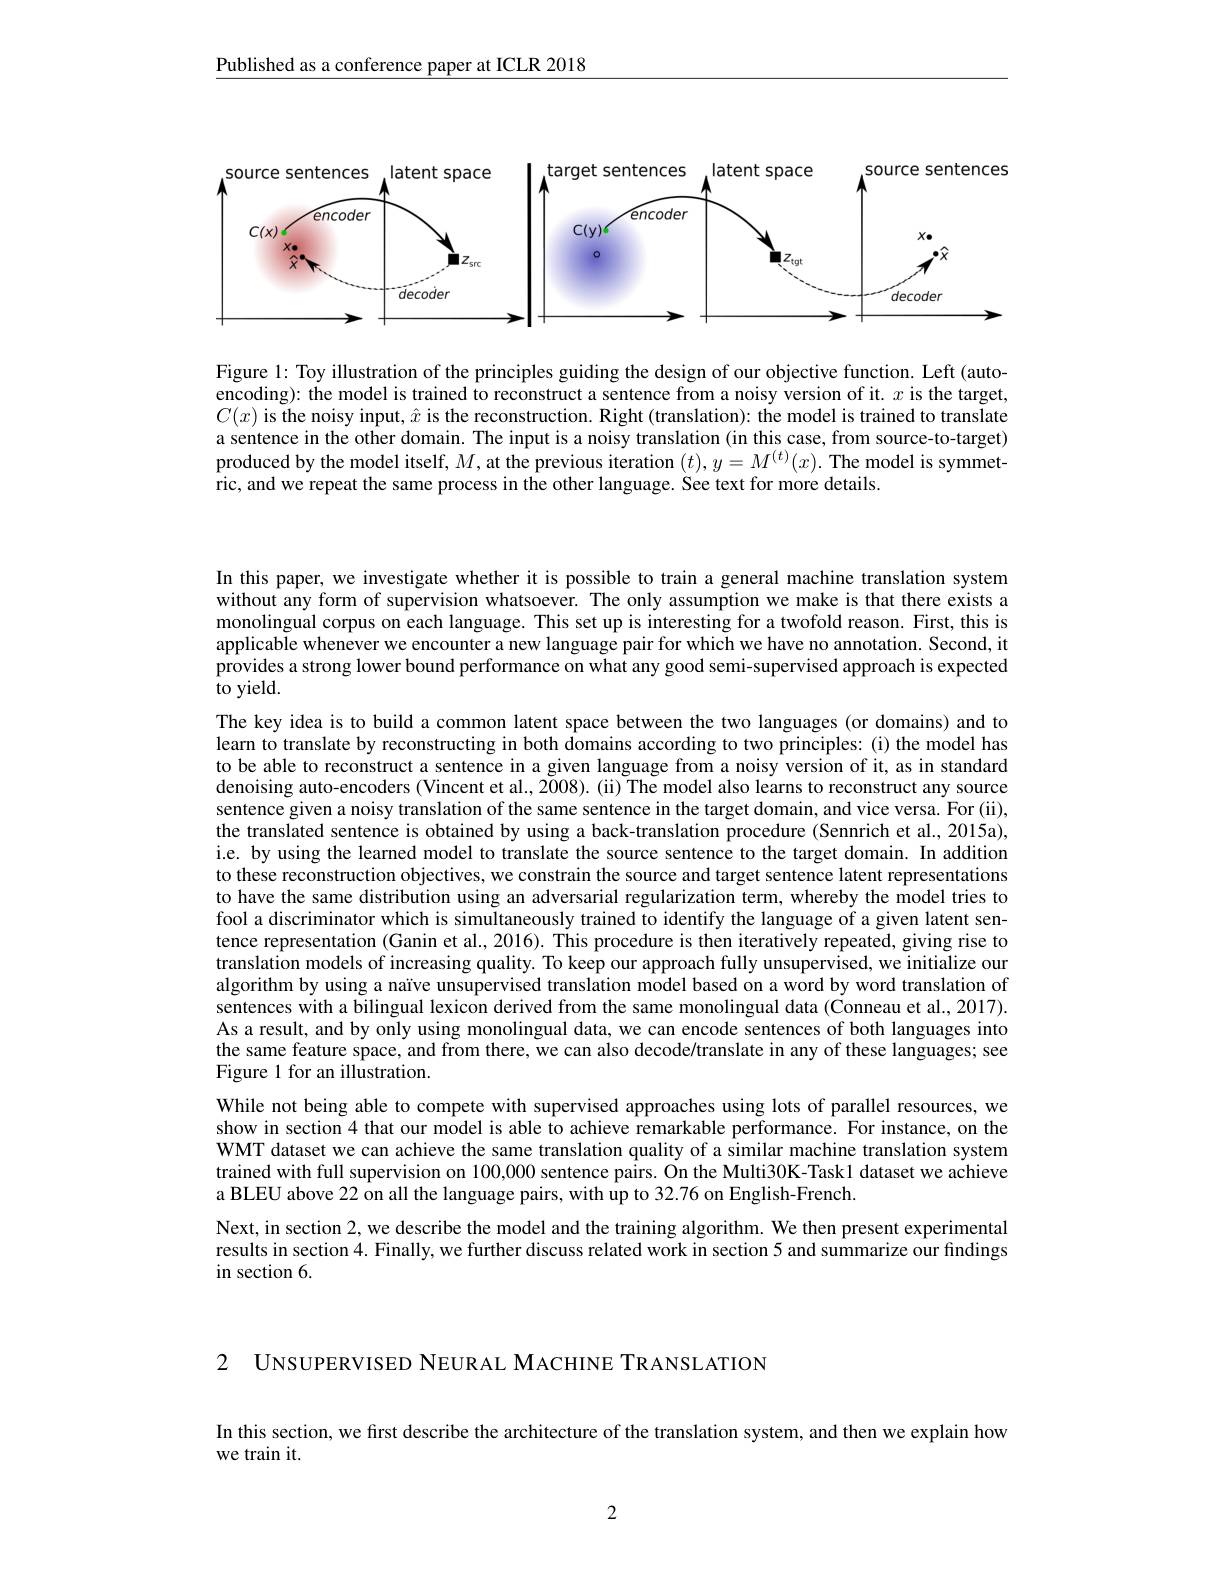
Published as a conference paper at ICLR 2018

<FigureHere>

Figure 1: Toy illustration of the principles guiding the design of our objective function. Left (autoencoding): the model is trained to reconstruct a sentence from a noisy version of it. $x$ is the target, $C(x)$ is the noisy input$,\hat{x}$ is the reconstruction. Right (translation): the model is trained to translate a sentence in the other domain. The input is a noisy translation (in this case, from source-to-target) produced by the model itself, $M$, at the previous iteration $(t),y=M^{(t)}(x).$ The model is symmetric, and we repeat the same process in the other language. See text for more details.

In this paper, we investigate whether it is possible to train a general machine translation system without any form of supervision whatsoever. The only assumption we make is that there exists a monolingual corpus on each language. This set up is interesting for a twofold reason. First, this is applicable whenever we encounter a new language pair for which we have no annotation. Second, it provides a strong lower bound performance on what any good semi-supervised approach is expected to yield.

The key idea is to build a common latent space between the two languages (or domains) and to learn to translate by reconstructing in both domains according to two principles: (i) the model has to be able to reconstruct a sentence in a given language from a noisy version of it, as in standard denoising auto-encoders (Vincent et al., 2008). (ii) The model also learns to reconstruct any source sentence given a noisy translation of the same sentence in the target domain, and vice versa. For (ii), the translated sentence is obtained by using a back-translation procedure (Sennrich et al., 2015a), i.e. by using the learned model to translate the source sentence to the target domain. In addition to these reconstruction objectives, we constrain the source and target sentence latent representations to have the same distribution using an adversarial regularization term, whereby the model tries to fool a discriminator which is simultaneously trained to identify the language of a given latent sentence representation (Ganin et al., 2016). This procedure is then iteratively repeated, giving rise to translation models of increasing quality. To keep our approach fully unsupervised, we initialize our algorithm by using a naïve unsupervised translation model based on a word by word translation of sentences with a bilingual lexicon derived from the same monolingual data (Conneau et al., 2017). As a result, and by only using monolingual data, we can encode sentences of both languages into the same feature space, and from there, we can also decode/translate in any of these languages; see Figure 1 for an illustration.

While not being able to compete with supervised approaches using lots of parallel resources, we show in section 4 that our model is able to achieve remarkable performance. For instance, on the WMT dataset we can achieve the same translation quality of a similar machine translation system trained with full supervision on 100,000 sentence pairs. On the Multi30K-Task1 dataset we achieve a BLEU above 22 on all the language pairs, with up to 32.76 on English-French.
Next, in section 2, we describe the model and the training algorithm. We then present experimental results in section 4. Finally, we further discuss related work in section 5 and summarize our findings in section 6.

2 UNSUPERVISED NEURAL MACHINE TRANSLATION

In this section, we first describe the architecture of the translation system, and then we explain how
we train it.

2